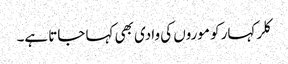
کلر کہار کو موروں کی وادی بھی کہا جاتا ہے۔